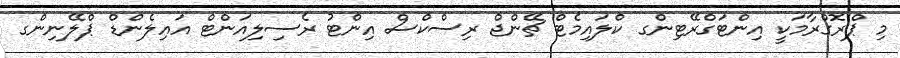
މި ޕްރޮގްރާމަކީ އިންޓަގްރޭޓިންގ ކްލައިމެޓް ޗޭންޖް ރިސްކްސް އިންޓު ރެސިލިއަންޓް އައިލެންޑް ޕްލޭނިންގ